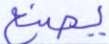
يصنع